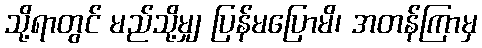
သို့ရာတွင် မည်သို့မျှ ပြန်မပြောမိ၊ အတန်ကြာမှ